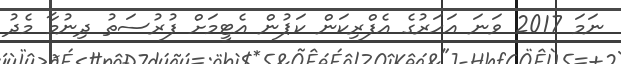
ނަމަ 2017 ވަނަ އަހަރުގެ އެފްރިކަން ކަޕުން އެޓީމަށް ފުރުސަތު ދިނުމާ މެދު